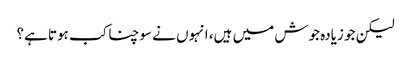
لیکن جو زیادہ جوش میں ہیں، انہوں نے سوچنا کب ہوتا ہے؟